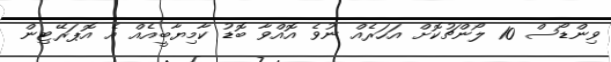
ވިންޑޯސް 10 ލޯންޗުކޮށް އަހަރެއް ނުވެ އޮއްވާ ބޮޑު ކާމިޔާބީއެއް އެ އޮޕަރޭޓިން